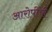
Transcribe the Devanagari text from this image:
आरोपींची